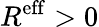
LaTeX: R^{\mathrm{eff}}>0